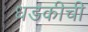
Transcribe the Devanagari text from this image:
धडकीची